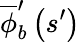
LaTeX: \overline{{\phi}}_{b}^{\prime}\left(s^{\prime}\right)